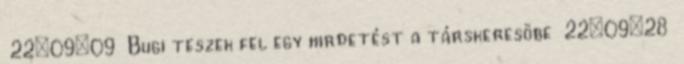
22:09:09 Bugi teszek fel egy hirdetést a társkeresöbe 22:09:28